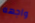
واجهه